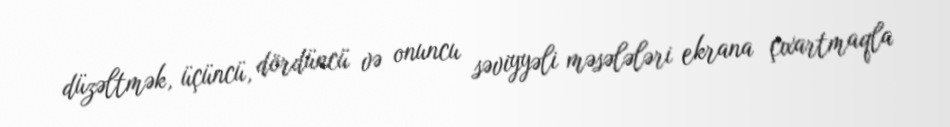
düzəltmək, üçüncü, dördüncü və onuncu səviyyəli məsələləri ekrana çıxartmaqla